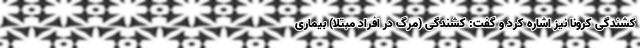
کشندگی کرونا نیز اشاره کرد و گفت: کشندگی (مرگ در افراد مبتلا) بیماری